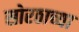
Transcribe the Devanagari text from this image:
सोरठाच्या